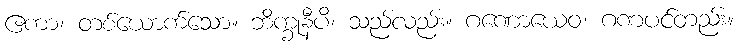
ဧကာ၊ တစ်ယောက်သော။ ဘိက္ခုနီပိ၊ သည်လည်း။ ဂဏောယေဝ၊ ဂဏပင်တည်း။